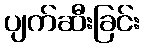
ပျက်ဆီးခြင်း